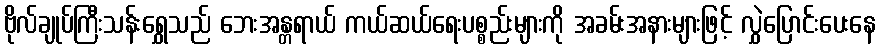
ဗိုလ်ချုပ်ကြီးသန်းရွှေသည် ဘေးအန္တရာယ် ကယ်ဆယ်ရေးပစ္စည်းများကို အခမ်းအနားများဖြင့် လွှဲပြောင်းပေးနေ